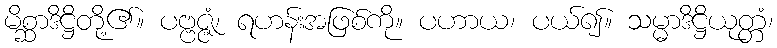
မိစ္ဆာဒိဋ္ဌိတို့၏။ ပဗ္ဗဇ္ဇံ၊ ရဟန်းအဖြစ်ကို။ ပဟာယ၊ ပယ်၍။ သမ္မာဒိဋ္ဌိယုတ္တံ၊